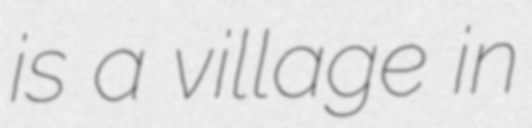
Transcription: is a village in